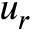
u _ { r }